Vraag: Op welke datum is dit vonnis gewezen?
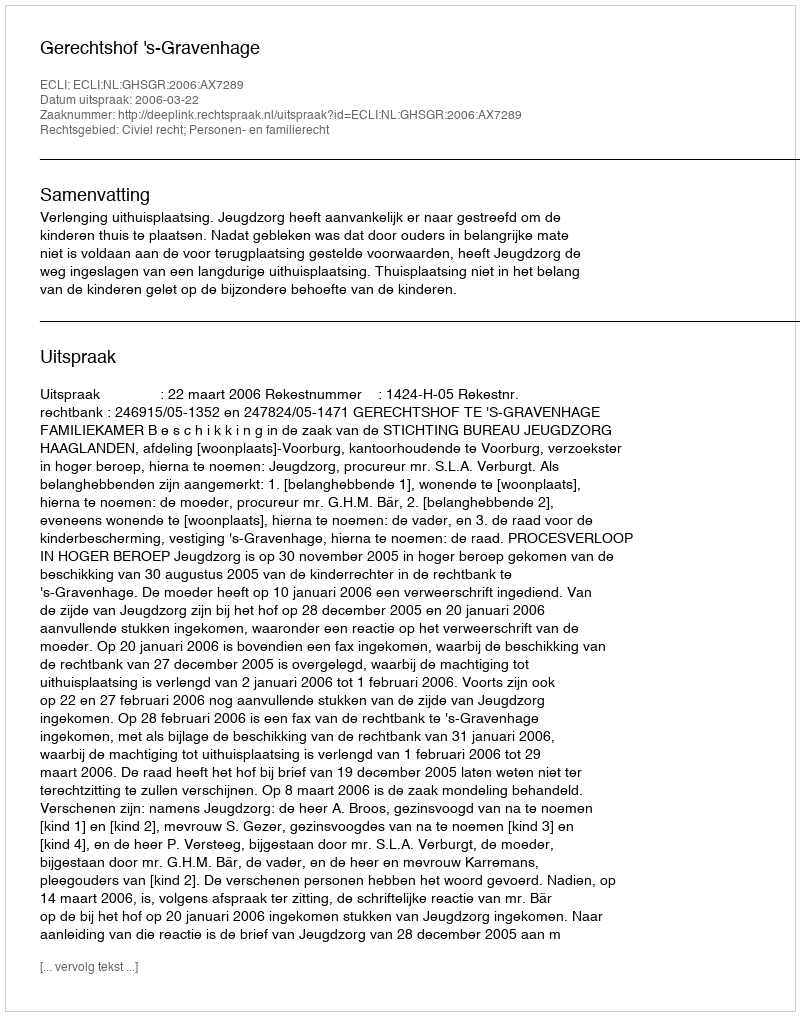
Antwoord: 2006-03-22